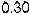
0.30